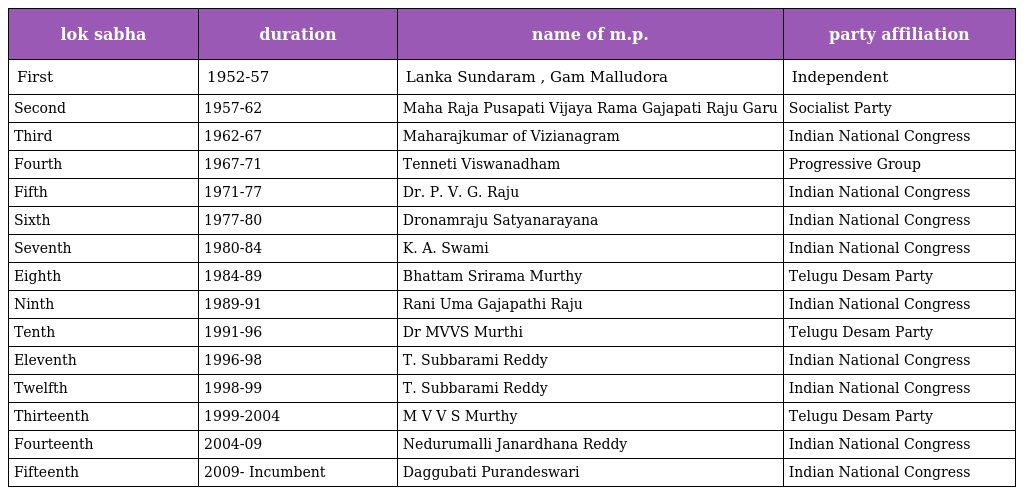
| lok sabha | duration | name of m.p. | party affiliation |
 | --- | --- | --- | --- |
 | First | 1952-57 | Lanka Sundaram , Gam Malludora | Independent |
 | Second | 1957-62 | Maha Raja Pusapati Vijaya Rama Gajapati Raju Garu | Socialist Party |
 | Third | 1962-67 | Maharajkumar of Vizianagram | Indian National Congress |
 | Fourth | 1967-71 | Tenneti Viswanadham | Progressive Group |
 | Fifth | 1971-77 | Dr. P. V. G. Raju | Indian National Congress |
 | Sixth | 1977-80 | Dronamraju Satyanarayana | Indian National Congress |
 | Seventh | 1980-84 | K. A. Swami | Indian National Congress |
 | Eighth | 1984-89 | Bhattam Srirama Murthy | Telugu Desam Party |
 | Ninth | 1989-91 | Rani Uma Gajapathi Raju | Indian National Congress |
 | Tenth | 1991-96 | Dr MVVS Murthi | Telugu Desam Party |
 | Eleventh | 1996-98 | T. Subbarami Reddy | Indian National Congress |
 | Twelfth | 1998-99 | T. Subbarami Reddy | Indian National Congress |
 | Thirteenth | 1999-2004 | M V V S Murthy | Telugu Desam Party |
 | Fourteenth | 2004-09 | Nedurumalli Janardhana Reddy | Indian National Congress |
 | Fifteenth | 2009- Incumbent | Daggubati Purandeswari | Indian National Congress |